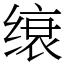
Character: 缞